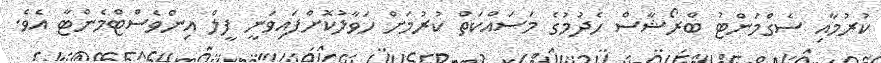
ކުރުމާއި ސެގްމަންޓު ބްރޯޝާސް ހެދުމުގެ މަސައްކަތް ކުރުމަށް ހަވާލުކޮށްފައިވަނީ ފީލް އިންވެސްޓްމެންޓާ އެވެ.